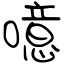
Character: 噫